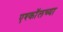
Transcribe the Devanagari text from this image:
एश्कॉलच्या